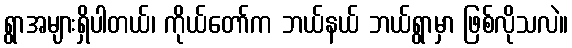
ရွာအများရှိပါတယ်၊ ကိုယ်တော်က ဘယ်နယ် ဘယ်ရွာမှာ ဖြစ်လိုသလဲ။